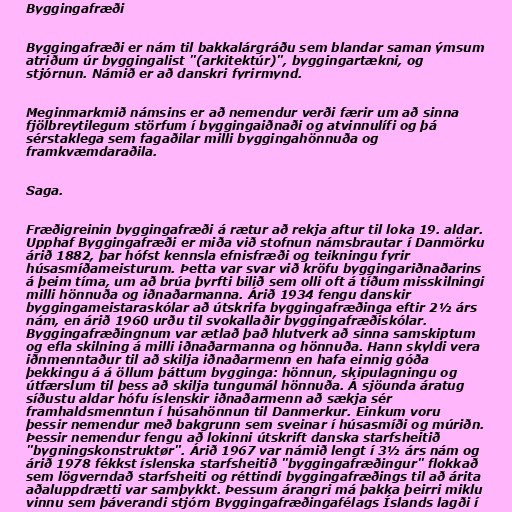
Byggingafræði

Byggingafræði er nám til bakkalárgráðu sem blandar saman ýmsum
atriðum úr byggingalist "(arkitektúr)", byggingartækni, og
stjórnun. Námið er að danskri fyrirmynd.

Meginmarkmið námsins er að nemendur verði færir um að sinna
fjölbreytilegum störfum í byggingaiðnaði og atvinnulífi og þá
sérstaklega sem fagaðilar milli byggingahönnuða og
framkvæmdaraðila.

Saga.

Fræðigreinin byggingafræði á rætur að rekja aftur til loka 19. aldar.
Upphaf Byggingafræði er miða við stofnun námsbrautar í Danmörku
árið 1882, þar hófst kennsla efnisfræði og teikningu fyrir
húsasmíðameisturum. Þetta var svar við kröfu byggingariðnaðarins
á þeim tíma, um að brúa þyrfti bilið sem olli oft á tíðum misskilningi
milli hönnuða og iðnaðarmanna. Árið 1934 fengu danskir
byggingameistaraskólar að útskrifa byggingafræðinga eftir 2½ árs
nám, en árið 1960 urðu til svokallaðir byggingafræðiskólar.
Byggingafræðingnum var ætlað það hlutverk að sinna samskiptum
og efla skilning á milli iðnaðarmanna og hönnuða. Hann skyldi vera
iðnmenntaður til að skilja iðnaðarmenn en hafa einnig góða
þekkingu á á öllum þáttum bygginga: hönnun, skipulagningu og
útfærslum til þess að skilja tungumál hönnuða. Á sjöunda áratug
síðustu aldar hófu íslenskir iðnaðarmenn að sækja sér
framhaldsmenntun í húsahönnun til Danmerkur. Einkum voru
þessir nemendur með bakgrunn sem sveinar í húsasmíði og múriðn.
Þessir nemendur fengu að lokinni útskrift danska starfsheitið
"bygningskonstruktør". Árið 1967 var námið lengt í 3½ árs nám og
árið 1978 fékkst íslenska starfsheitið "byggingafræðingur" flokkað
sem lögverndað starfsheiti og réttindi byggingafræðings til að árita
aðaluppdrætti var samþykkt. Þessum árangri má þakka þeirri miklu
vinnu sem þáverandi stjórn Byggingafræðingafélags Íslands lagði í